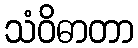
သံဝိဓာတာ